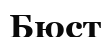
Бюст